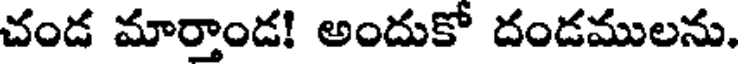
చండ మార్తాండ! అందుకో దండములను.